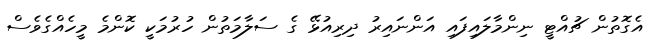
އެގޮތުން ޗުއްޓީ ނިންމާލައިފައި އަންނައިރު ދިރިއުޅޭ ގެ ސަލާމަތުން ހުރުމަކީ ކޮންމެ މީހެއްގެވެސް